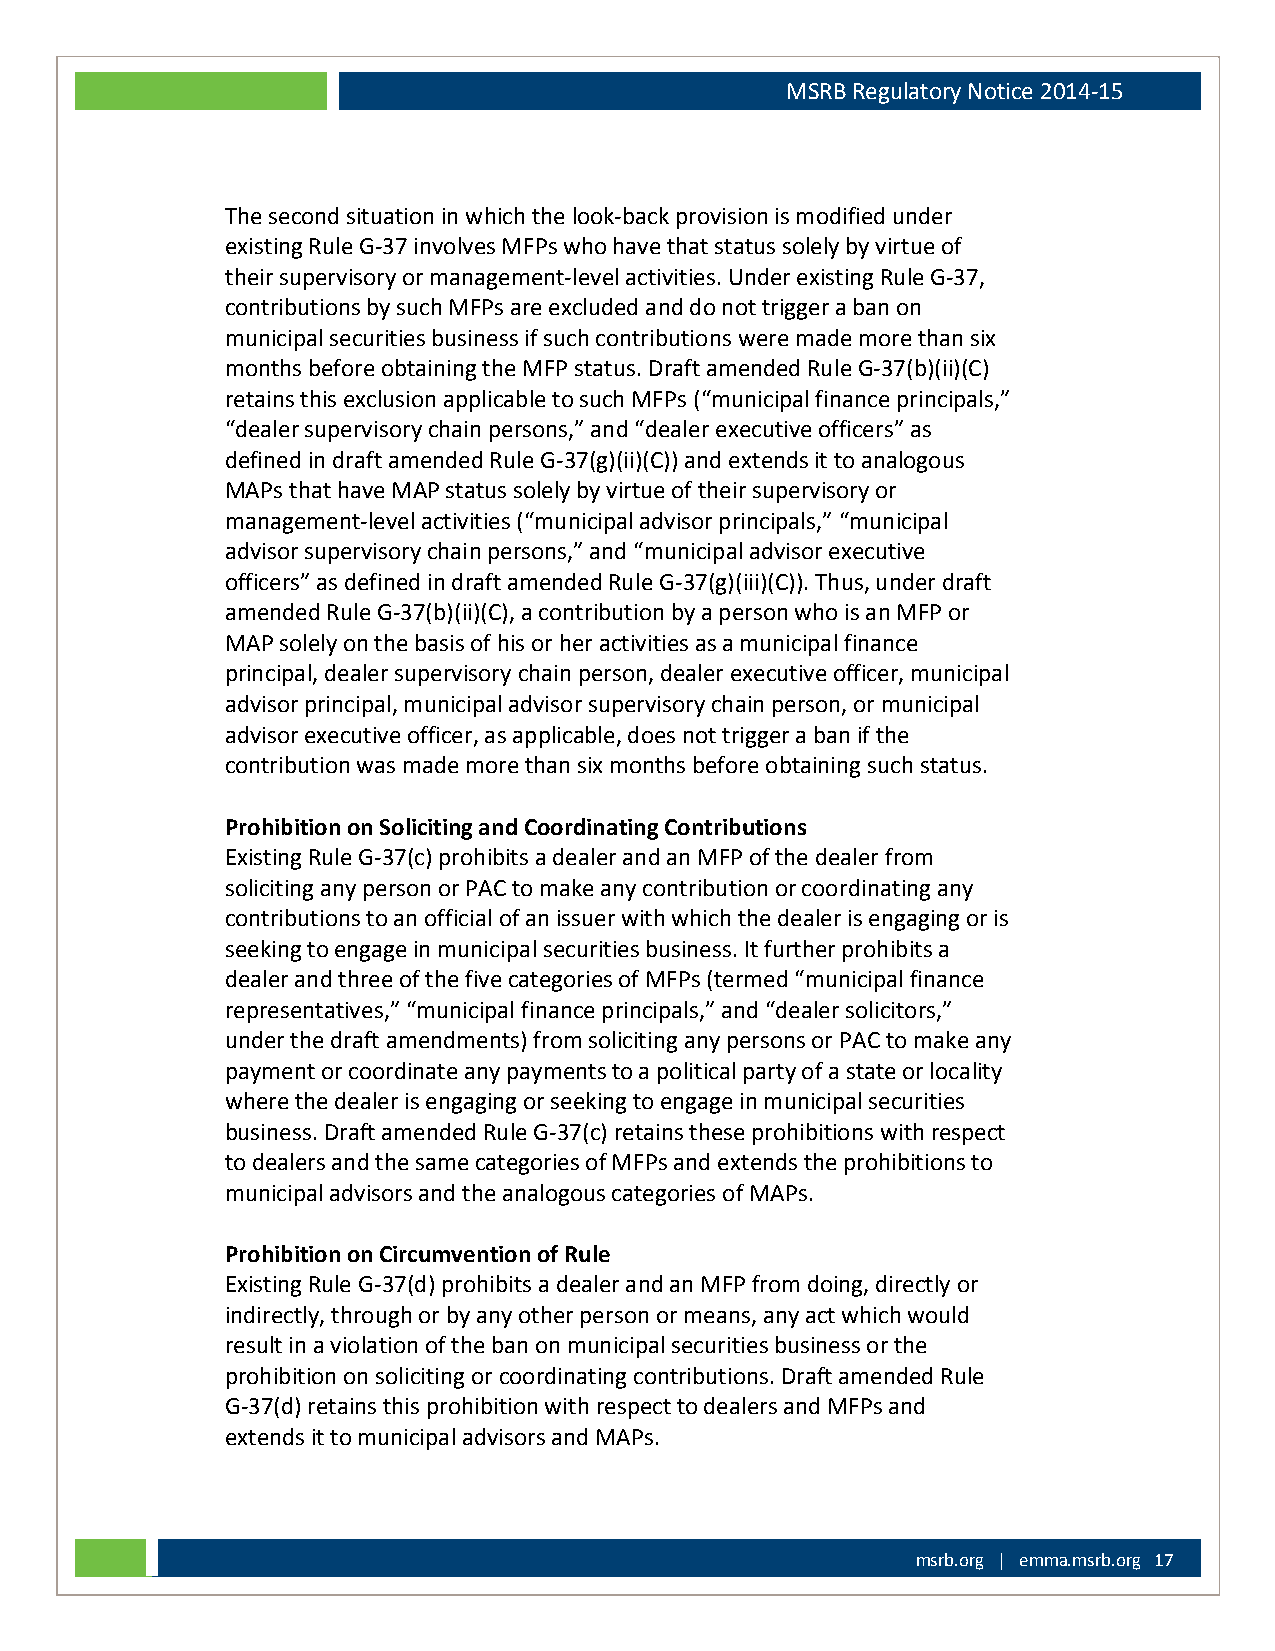
MSRB Regulatory Notice 2014-15
 The second situation in which the look-back provision is modified under
 existing Rule G-37 involves MFPs who have that status solely by virtue of
 their supervisory or management-level activities. Under existing Rule G-37,
 contributions by such MFPs are excluded and do not trigger a ban on
 municipal securities business if such contributions were made more than six
 months before obtaining the MFP status. Draft amended Rule G-37(b)(ii)(C)
 retains this exclusion applicable to such MFPs (“municipal finance principals,”
 “dealer supervisory chain persons,” and “dealer executive officers” as
 defined in draft amended Rule G-37(g)(ii)(C)) and extends it to analogous
 MAPs that have MAP status solely by virtue of their supervisory or
 management-level activities (“municipal advisor principals,” “municipal
 advisor supervisory chain persons,” and “municipal advisor executive
 officers” as defined in draft amended Rule G-37(g)(iii)(C)). Thus, under draft
 amended Rule G-37(b)(ii)(C), a contribution by a person who is an MFP or
 MAP solely on the basis of his or her activities as a municipal finance
 principal, dealer supervisory chain person, dealer executive officer, municipal
 advisor principal, municipal advisor supervisory chain person, or municipal
 advisor executive officer, as applicable, does not trigger a ban if the
 contribution was made more than six months before obtaining such status.
 Prohibition on Soliciting and Coordinating Contributions
 Existing Rule G-37(c) prohibits a dealer and an MFP of the dealer from
 soliciting any person or PAC to make any contribution or coordinating any
 contributions to an official of an issuer with which the dealer is engaging or is
 seeking to engage in municipal securities business. It further prohibits a
 dealer and three of the five categories of MFPs (termed “municipal finance
 representatives,” “municipal finance principals,” and “dealer solicitors,”
 under the draft amendments) from soliciting any persons or PAC to make any
 payment or coordinate any payments to a political party of a state or locality
 where the dealer is engaging or seeking to engage in municipal securities
 business. Draft amended Rule G-37(c) retains these prohibitions with respect
 to dealers and the same categories of MFPs and extends the prohibitions to
 municipal advisors and the analogous categories of MAPs.
 Prohibition on Circumvention of Rule
 Existing Rule G-37(d) prohibits a dealer and an MFP from doing, directly or
 indirectly, through or by any other person or means, any act which would
 result in a violation of the ban on municipal securities business or the
 prohibition on soliciting or coordinating contributions. Draft amended Rule
 G-37(d) retains this prohibition with respect to dealers and MFPs and
 extends it to municipal advisors and MAPs.
 msrb.org | emma.msrb.org 17